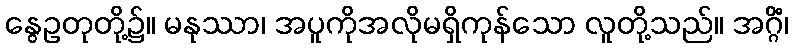
နွေဥတုတို့၌။ မနုဿာ၊ အပူကိုအလိုမရှိကုန်သော လူတို့သည်။ အဂ္ဂိံ၊